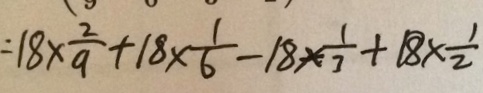
= 1 8 \times \frac { 2 } { 9 } + 1 8 \times \frac { 1 } { 6 } - 1 8 \times \frac { 1 } { 3 } + 1 8 \times \frac { 1 } { 2 }